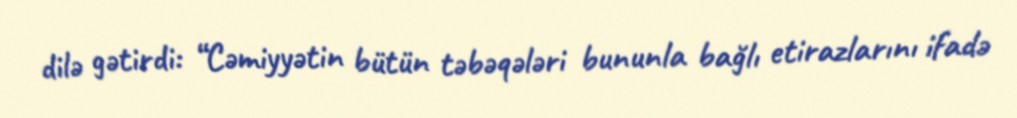
dilə gətirdi: “Cəmiyyətin bütün təbəqələri bununla bağlı etirazlarını ifadə